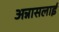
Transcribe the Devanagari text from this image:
अन्नासलाई